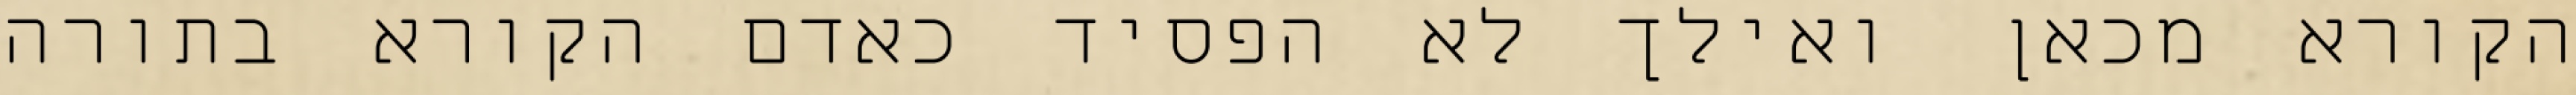
הקורא מכאן ואילך לא הפסיד כאדם הקורא בתורה